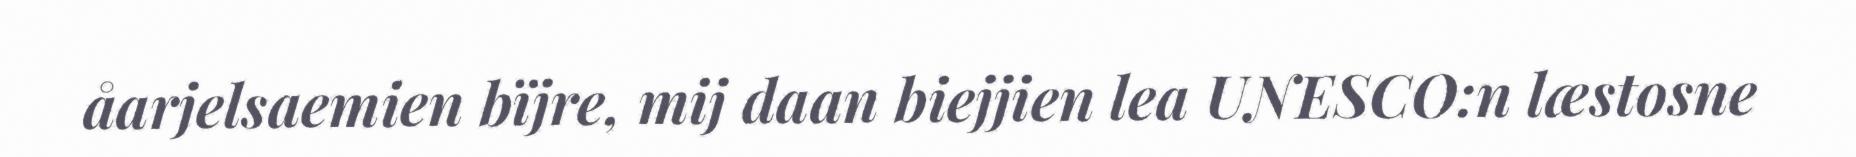
åarjelsaemien bïjre, mij daan biejjien lea UNESCO:n læstosne